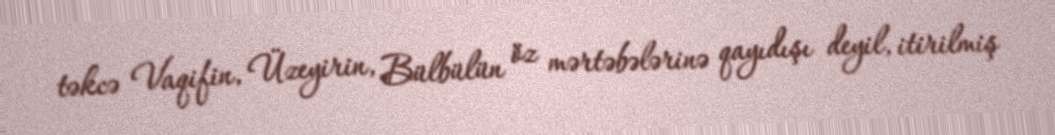
təkcə Vaqifin, Üzeyirin, Bülbülün öz mərtəbələrinə qayıdışı deyil, itirilmiş